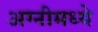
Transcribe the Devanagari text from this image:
अग्नीमध्ये